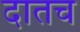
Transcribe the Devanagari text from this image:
दातच